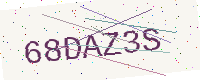
Text: 68DAZ3S